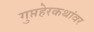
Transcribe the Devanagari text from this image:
गुप्तहेरकथांवर